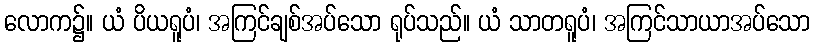
လောက၌။ ယံ ပိယရူပံ၊ အကြင်ချစ်အပ်သော ရုပ်သည်။ ယံ သာတရူပံ၊ အကြင်သာယာအပ်သော